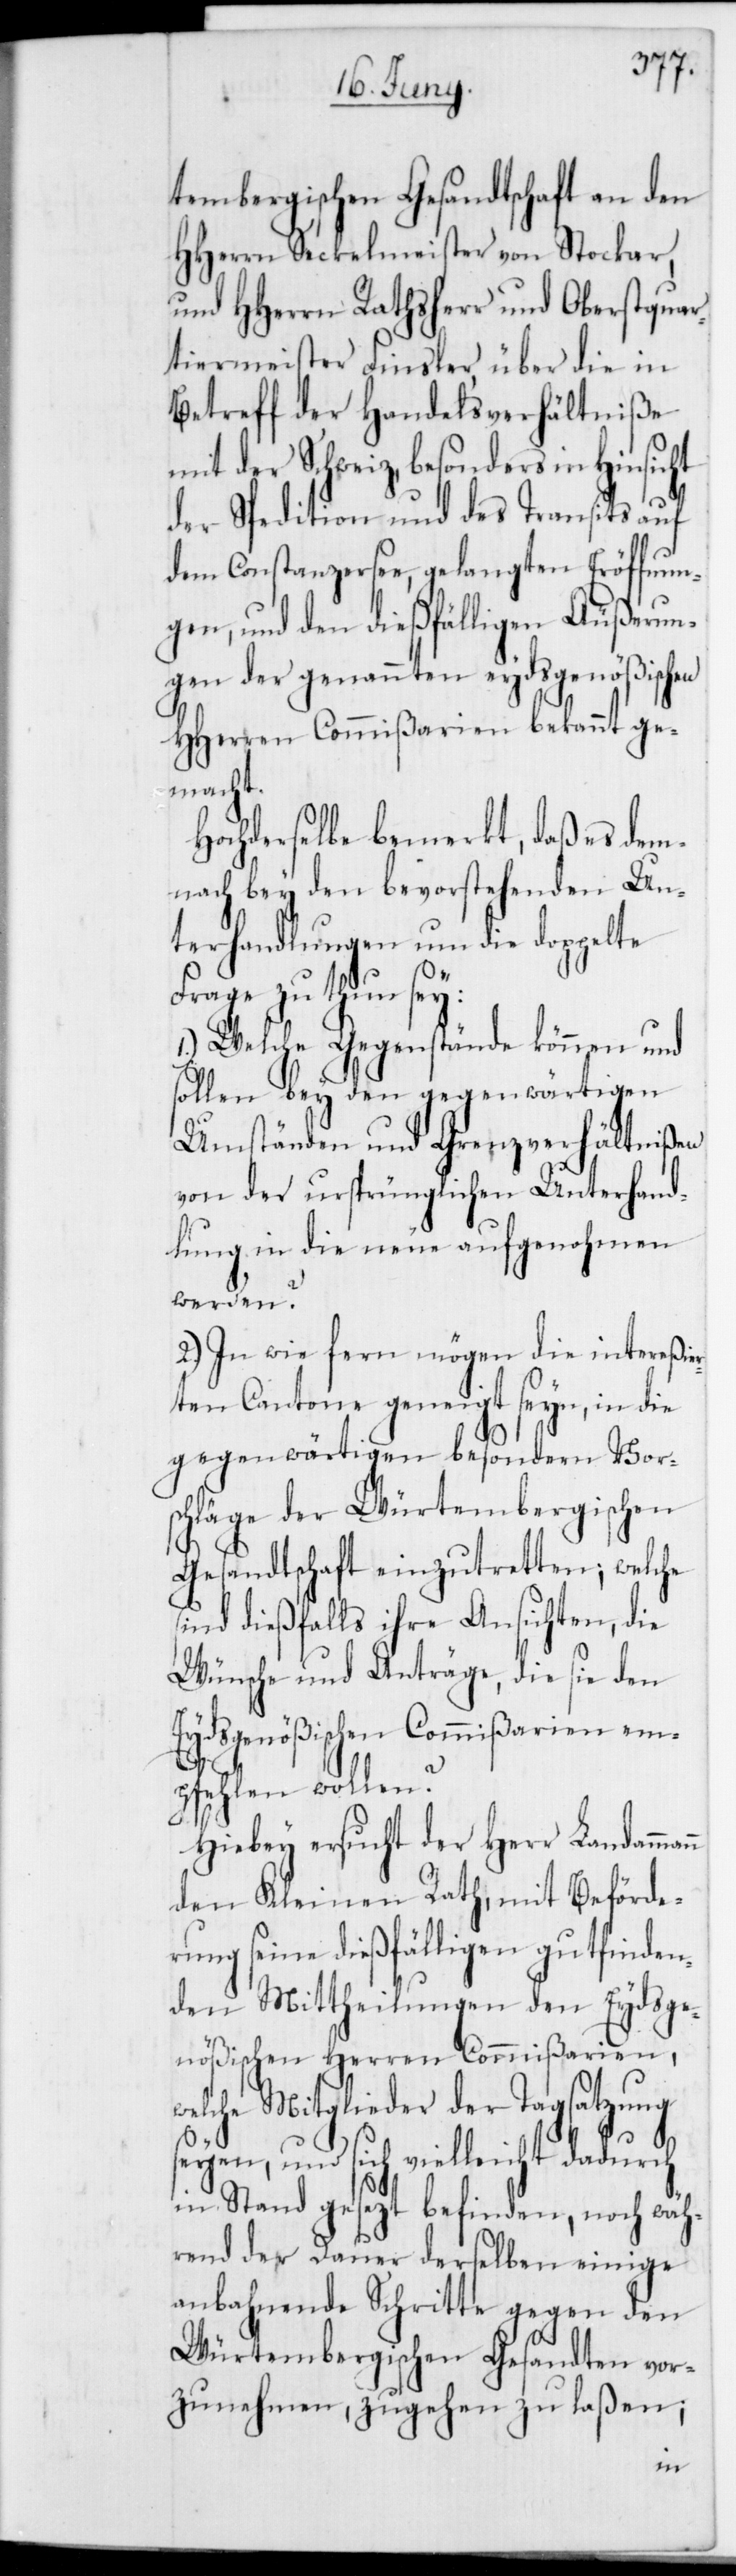
tembergischen Gesandtschaft an den
HHerren Seckelmeister von Stockar,
und HHerrn Rathsherr und Oberstquar¬
tiermeister Finsler, über die in
Betreff der Handelsverhältniße
mit der Schweiz, besonders in
der Spedition und des Transits auf
dem Constanzersee, gelangten Eröffnun¬
gen, und den dießfälligen Äußerun¬
gen der genannten eydsgenößischen
HHerren Commißarien bekannt ge¬
macht.
Hochderselbe bemerkt, daß es dem¬
nach bey den bevorstehenden Un¬
terhandlungen um die doppelte
Frage zu thun sey:
1.) Welche Gegenstände können und
sollen bey den gegenwärtigen
Umständen und Grenzverhältnißen
von der ursprünglichen Unterhand¬
lung in die Neue aufgenohmen
werden?
2.) In wie fern mögen die intereßie¬
rten Cantone geneigt seyn, in die
gegenwärtigen besondern Vor¬
schläge der Würtembergischen
Gesandtschaft einzutretten; welche
sind dießfalls ihre Ansichten, die
Wünsche und Anträge, die sie den
Eydsgenößischen Commißarien em¬
pfehlen wollen?
Hierbei ersucht der Herr Landamman¬
den Kleinen Rath, mit Beförde¬
rung seine dießfälligen gut finden¬
den Mittheilungen den Eydsge¬
nößischen Herren Commißarien,
welche Mitglieder der Tagsatzung
und sich vielleicht dadurch
in Stand gesezt befinden, noch wäh¬
rend der Dauer derselben einige
anbahnende Schritte gegen den
Würtembergischen Gesandten vor¬
zunehmen, zugehen zu laßen;
n